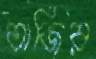
তাজির